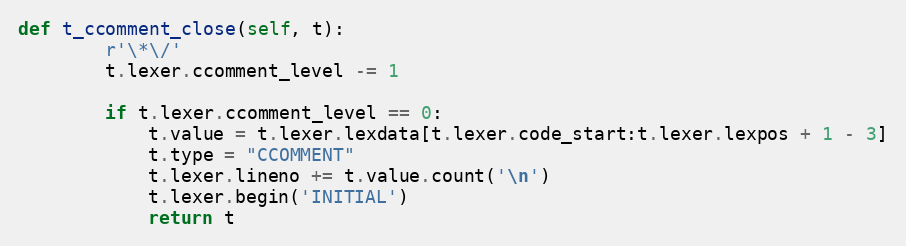
Language: Python
def t_ccomment_close(self, t):
        r'\*\/'
        t.lexer.ccomment_level -= 1

        if t.lexer.ccomment_level == 0:
            t.value = t.lexer.lexdata[t.lexer.code_start:t.lexer.lexpos + 1 - 3]
            t.type = "CCOMMENT"
            t.lexer.lineno += t.value.count('\n')
            t.lexer.begin('INITIAL')
            return t